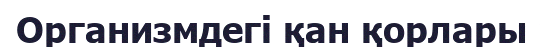
Организмдегі қан қорлары